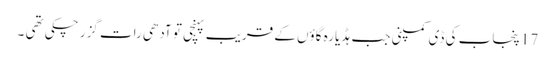
17 پنجاب کی ڈی کمپنی جب ہڈیارہ گاؤں کے قریب پہنچی تو آدھی رات گزر چکی تھی ۔